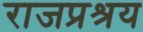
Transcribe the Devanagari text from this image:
राजप्रश्रय